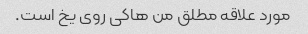
مورد علاقه مطلق من هاکی روی یخ است.